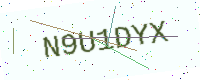
Text: N9U1DYX